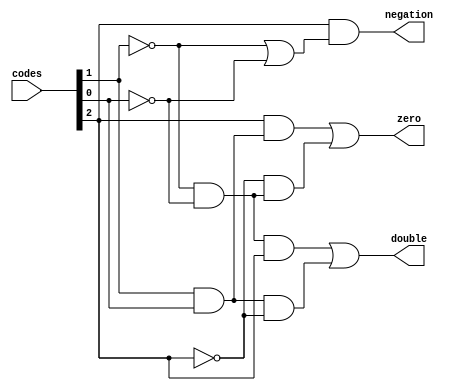
/*Booth Encoder
Author: Zhu Xu
Email: m99a1@yahoo.cn
*/
module booth_radix4(
input	[2:0]codes,
output	zero,
output	double,
output	negation
);

wire	A;
assign	A=codes[2];
wire	B;
assign	B=codes[1];
wire	C;
assign	C=codes[0];
wire	nB,nC,nA;
assign	nB=~B;
assign	nC=~C;
assign	nA=~A;

wire	BC;
assign	BC=B&C;
wire	nBnC;
assign	nBnC=nB&nC;
wire	nBanC;
assign	nBanC=nB|nC;

assign	double=(nBnC&A)|(BC&nA);
assign	negation=A&nBanC;
assign	zero=(A&BC)|(nA&nBnC);




endmodule